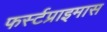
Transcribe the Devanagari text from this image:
फर्स्टप्राइमास